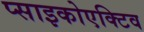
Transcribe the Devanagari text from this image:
प्साइकोएक्टिव